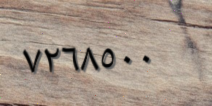
٧٢٦٨٥٠٠